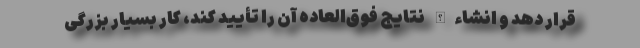
قرار دهد و انشاءالله نتایج فوق‌العاده آن را تأیید کند، کار بسیار بزرگی